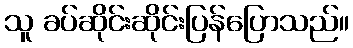
သူ ခပ်ဆိုင်းဆိုင်းပြန်ပြောသည်။